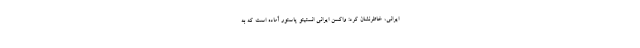
ایرانی، خاطرنشان کرد: واکسن ایرانی انستیتو پاستور آماده است که به